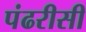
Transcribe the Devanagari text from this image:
पंढरीसी